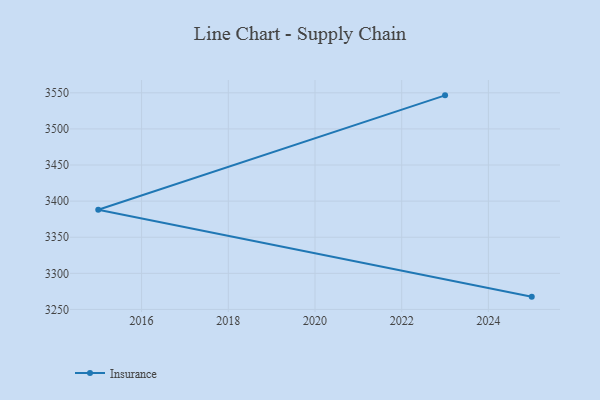
{"axis": {"x": "Year", "y": "Website Visitors"}, "legend": ["Insurance"], "data": [{"x": "2023", "y": 3546.5, "type": "Insurance"}, {"x": "2015", "y": 3388.1, "type": "Insurance"}, {"x": "2025", "y": 3267.7, "type": "Insurance"}]}